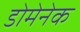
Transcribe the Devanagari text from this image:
डोमेनेक